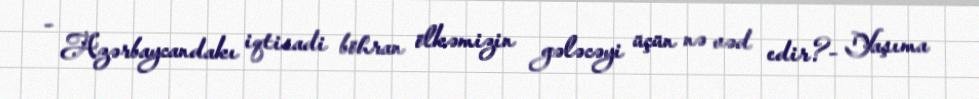
- Azərbaycandakı iqtisadi böhran ölkəmizin gələcəyi üçün nə vəd edir?- Yaşıma